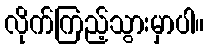
လိုက်ကြည့်သွားမှာပါ။